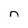
Character: n